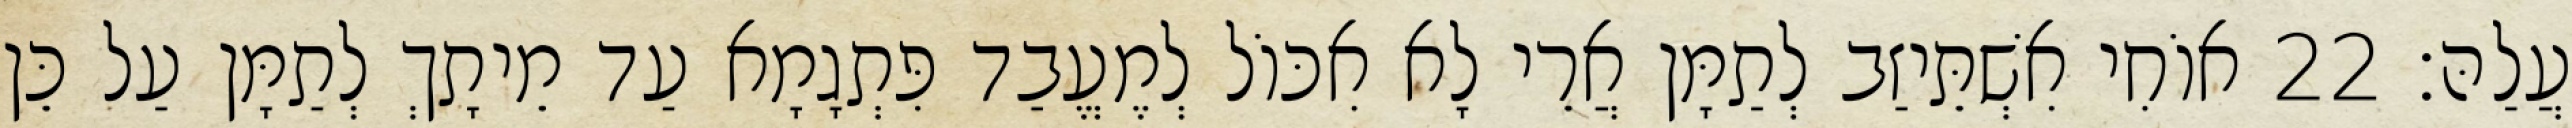
עֲלַהּ׃ 22 אוֹחִי אִשְׁתֵּיזַב לְתַמָּן אֲרֵי לָא אִכּוֹל לְמֶעֱבַד פִּתְגָמָא עַד מֵיתָךְ לְתַמָּן עַל כֵּן